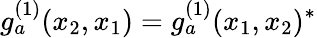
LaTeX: g_{a}^{(1)}(x_{2},x_{1})=g_{a}^{(1)}(x_{1},x_{2})^{*}